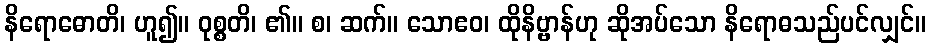
နိရောဓောတိ၊ ဟူ၍။ ဝုစ္စတိ၊ ၏။ စ၊ ဆက်။ သောဧဝ၊ ထိုနိဗ္ဗာန်ဟု ဆိုအပ်သော နိရောဓသည်ပင်လျှင်။